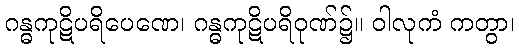
ဂန္ဓကုဋိပရိပေဏေ၊ ဂန္ဓကုဋိပရိဝုဏ်၌။ ဝါလုကံ ကတွာ၊